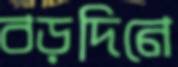
বড়দিনে